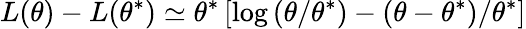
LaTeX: {L}(\theta)-{L}(\theta^{*})\simeq\theta^{*}\left[\log\left(\theta/\theta^{*}\right)-\left(\theta-\theta^{*}\right)/\theta^{*}\right]